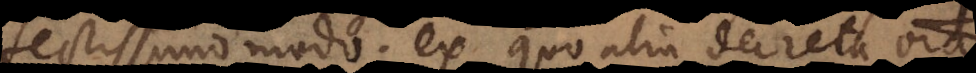
fectissimo modo; ex quo alia decreta omni